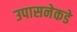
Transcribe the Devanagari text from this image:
उपासनेकडे